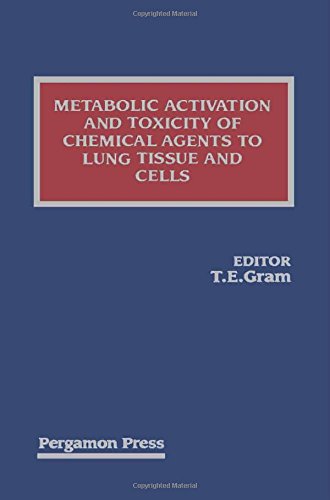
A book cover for Metabolic Activation and Toxicity of Chemical Agents to Lung Tissue and Cells; Theodore E. Gram; Medical Books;